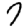
Digit: 7